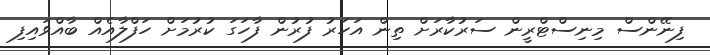
ފިނޭންސް މިނިސްޓްރީން ސަރުކާރަށް ތިން އަހަރު ފުރުން ފާހަގަ ކުރުމަށް ހަފްލާއެއް ބާއްވައިފި